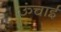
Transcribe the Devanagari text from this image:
ऊंचार्इ